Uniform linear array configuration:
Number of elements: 12
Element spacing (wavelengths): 0.75
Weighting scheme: exponential
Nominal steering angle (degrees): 45
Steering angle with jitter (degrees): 43.166
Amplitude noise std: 0.05
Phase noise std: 0.05

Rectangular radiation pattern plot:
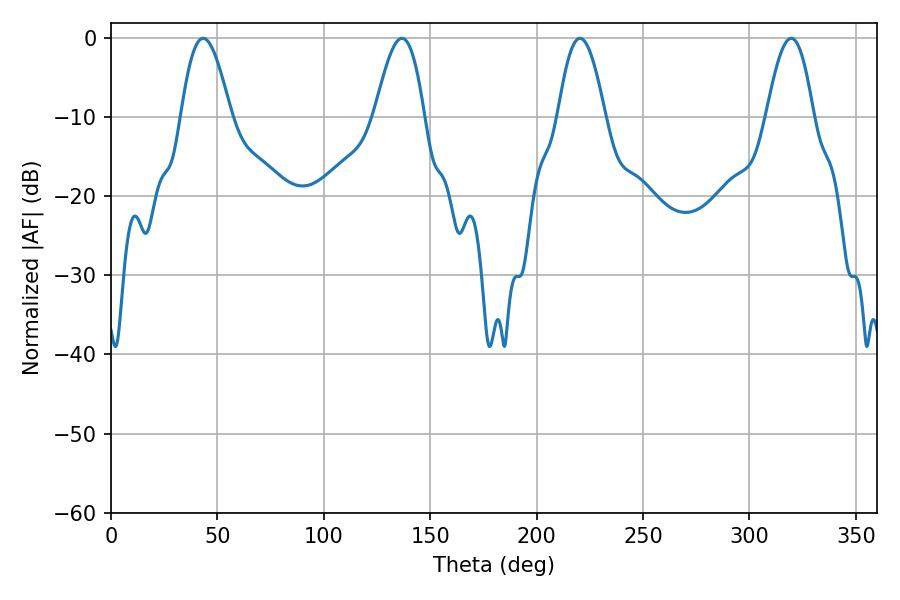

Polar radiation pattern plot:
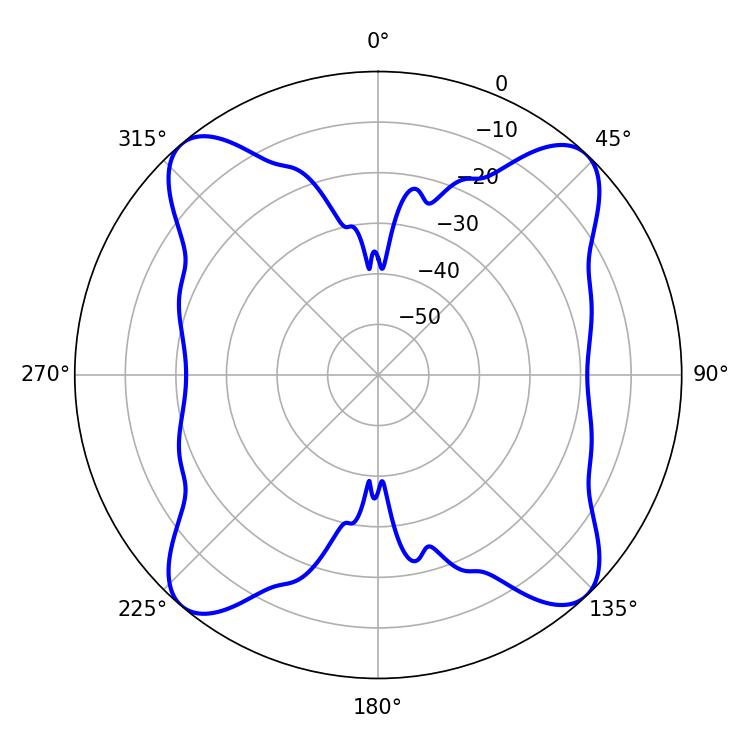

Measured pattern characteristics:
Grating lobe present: TRUE
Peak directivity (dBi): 16.326
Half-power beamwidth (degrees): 12.06
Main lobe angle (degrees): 220.32